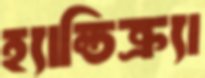
হ্যান্ডিক্র্যা